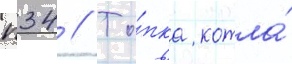
п34 // То́пка котла́